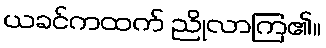
ယခင်ကထက် ညိုလာကြ၏။